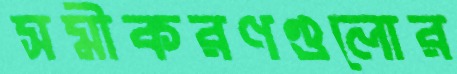
সমীকরণগুলোর